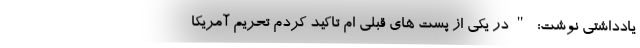
یادداشتی نوشت: "در یکی از پست های قبلی ام تاکید کردم تحریم آمریکا